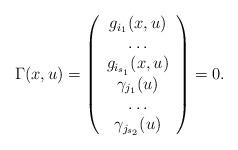
LaTeX: \begin{align*}\Gamma(x,u) = \left(\begin{array}{c}g_{i_1}(x,u)\\\dots \\g_{i_{s_1}}(x,u)\\\gamma_{j_1}(u)\\\dots\\\gamma_{j_{s_2}}(u)\end{array}\right) = 0.\end{align*}